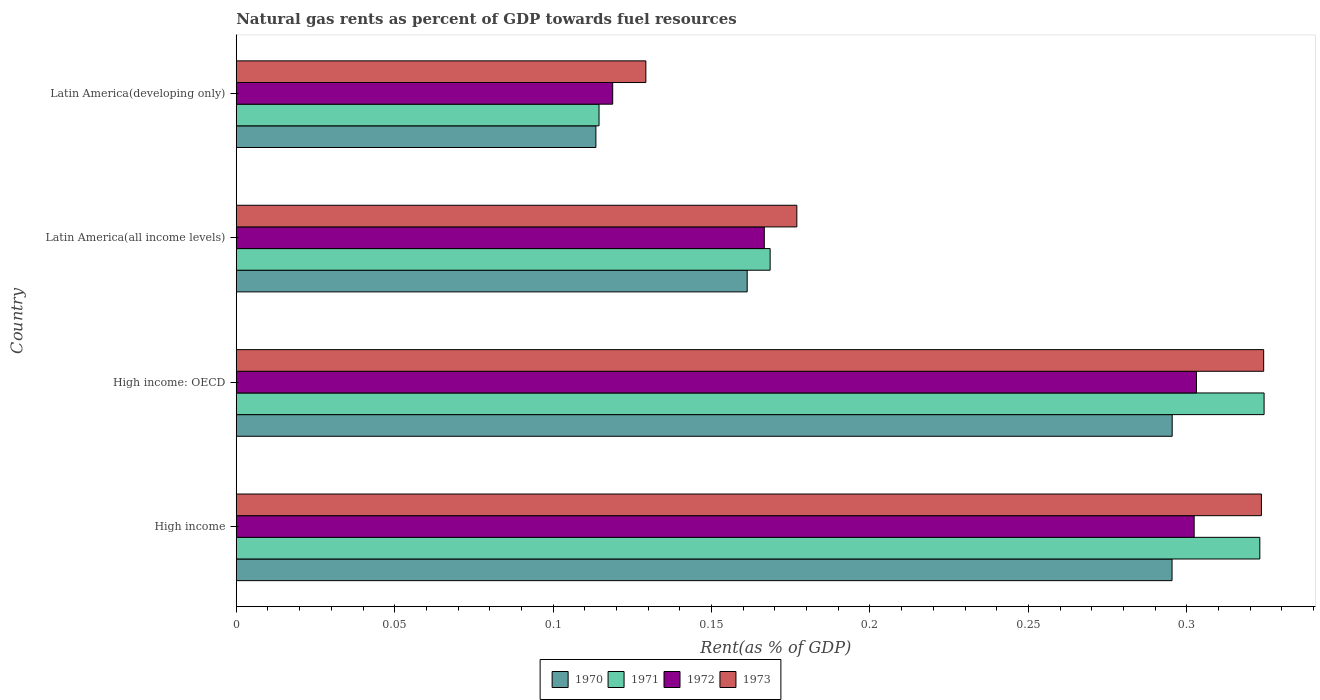
| Country | 1970 | 1971 | 1972 | 1973 |
 | --- | --- | --- | --- | --- |
 | High income | 0.295 | 0.323 | 0.302 | 0.324 |
 | High income: OECD | 0.295 | 0.324 | 0.303 | 0.324 |
 | Latin America(all income levels) | 0.161 | 0.168 | 0.167 | 0.177 |
 | Latin America(developing only) | 0.114 | 0.114 | 0.119 | 0.129 |